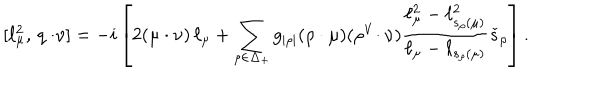
[ \ell _ { \mu } ^ { 2 } , \, q \cdot \! \nu ] = - i \left[ 2 ( \mu \cdot \nu ) \, \ell _ { \mu } + \sum _ { \rho \in \Delta _ { + } } g _ { | \rho | } ( \rho \cdot \mu ) ( \rho ^ { \vee } \! \cdot \nu ) \frac { \ell _ { \mu } ^ { 2 } - \ell _ { s _ { \rho } ( \mu ) } ^ { 2 } } { \ell _ { \mu } - \ell _ { s _ { \rho } ( \mu ) } } \check { s } _ { \rho } \right] .